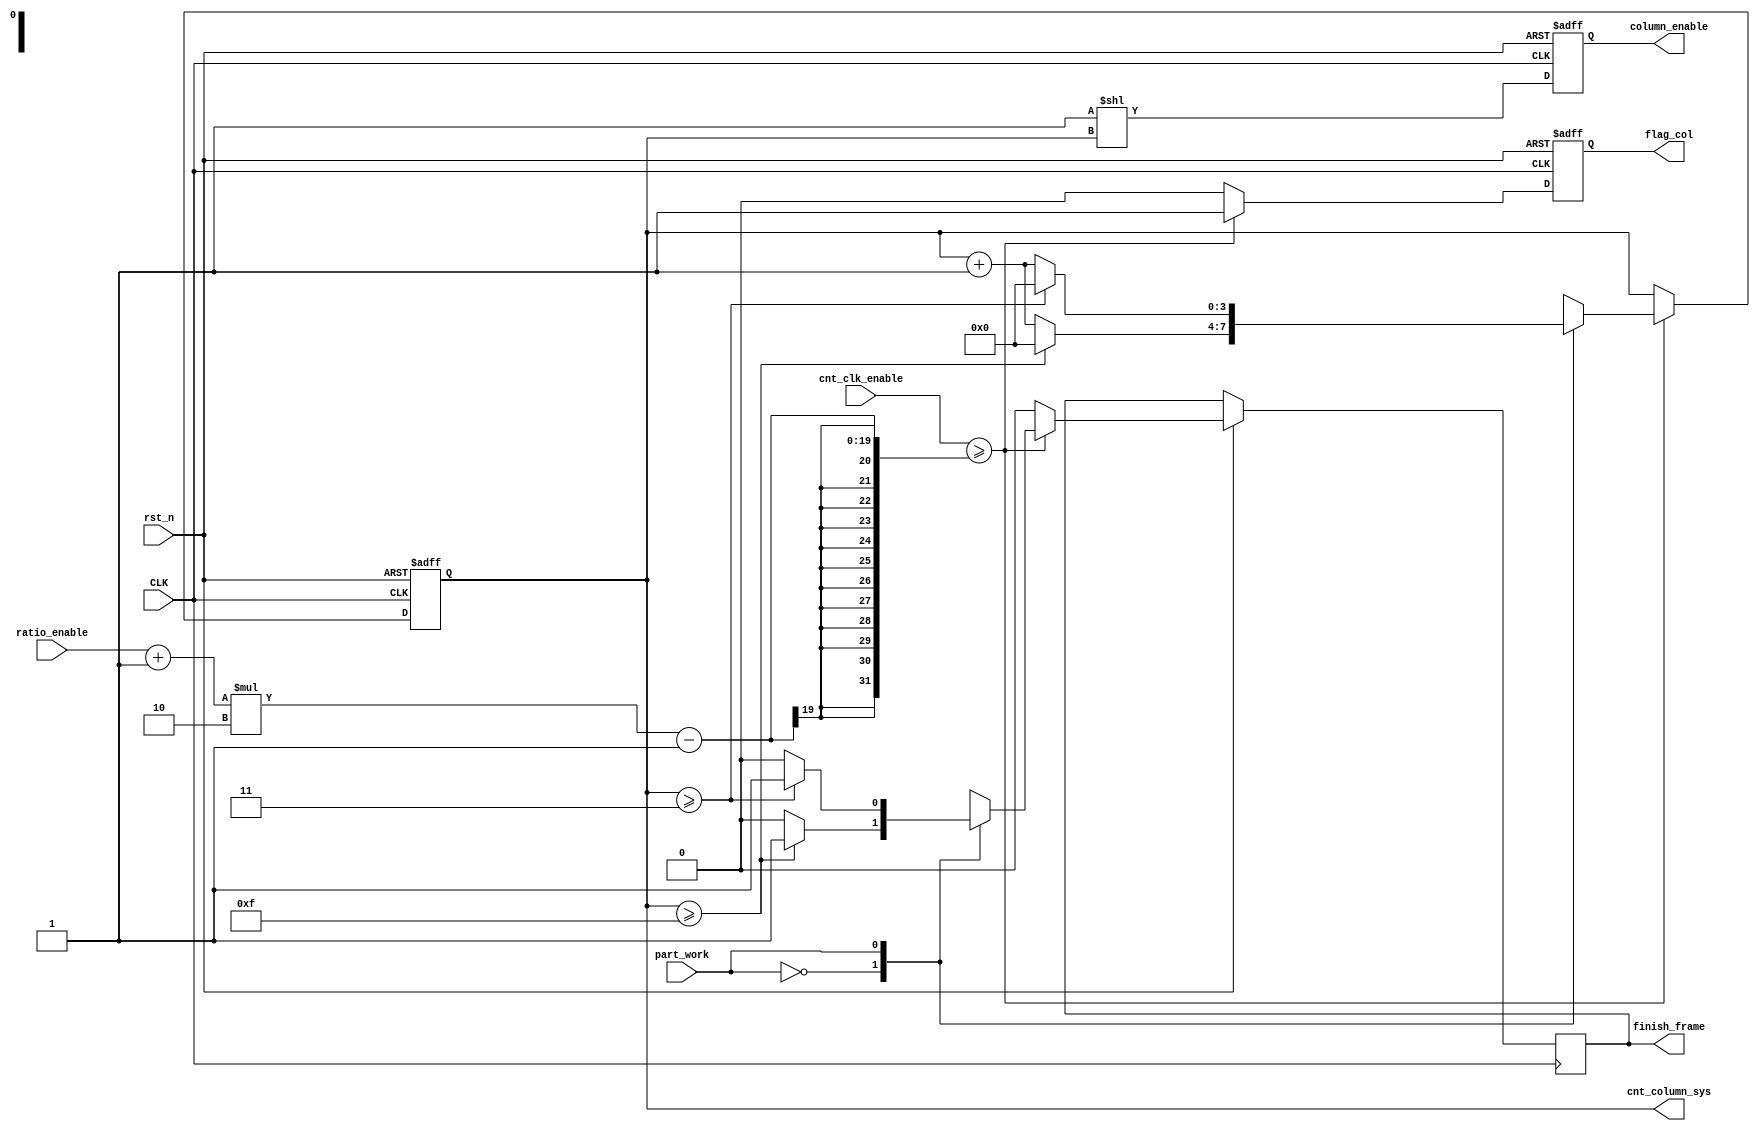
module sys_column_enable (
							CLK ,			 										
							rst_n,
							
							part_work,
							cnt_clk_enable,
							ratio_enable,
							

							column_enable,
							finish_frame,
							flag_col,
							cnt_column_sys

	
);

//`include "CONSTANT.vh"


parameter BITS_SIG_TDC = 16 ;
parameter BITS_UNSIG_TDC = 15;
parameter BITS_SPI =32;
parameter CNT_SPI = 5;
parameter NUM_COL = 16;
parameter CNT_COL =  4;//164 

parameter NUM_ROW = 1;

parameter BITS_DLY_SWITCH = 25;//1525
parameter CNT_DLY_CALIB = 5;//45

parameter NUM_BUFBYTES = 10;//probe

parameter BITS_COARSE = 10;
parameter BITS_COL = 5;

parameter cmd_dummy				=4'b0001;
parameter cmd_reg_set			=4'b0010;
parameter cmd_reg_get			=4'b0011;
parameter cmd_reset_dly			=4'b0100;
parameter cmd_reset_pixel		=4'b0101;
parameter cmd_reset_analog		=4'b0110;
parameter cmd_dly_calib			=4'b1000;
parameter cmd_pixel_calib		=4'b1001;
parameter cmd_main_work			=4'b1010;
parameter st_idle				=4'b0000;
parameter st_dummy				=4'b0001;
parameter st_reg_set			=4'b0010;
parameter st_reg_get			=4'b0011;
parameter st_reset_dly			=4'b0100;
parameter st_reset_pixel		=4'b0101;
parameter st_reset_analog		=4'b0110;
parameter st_dly_calib			=4'b1000;
parameter st_pixel_calib		=4'b1001;
parameter st_main_work			=4'b1010;
parameter st_err=4'b1111;



input 					CLK 				; 
input 					rst_n 				; 
input 				part_work 				;//pixel
input 			[17:0]   cnt_clk_enable		;		
input 			[15:0]	ratio_enable 	;	


output 	reg	[NUM_COL-1:0]	column_enable;
output 	reg					finish_frame;
output	reg					flag_col;
output	reg	[CNT_COL-1:0]	cnt_column_sys;
wire [17:0] test;
assign  test=((ratio_enable+1)*2-1);
always @(posedge CLK or negedge rst_n) begin          		
	if(~rst_n) begin
		cnt_column_sys<= 0;
		flag_col<=0;
		 column_enable<=0;

		 
	end 
	else begin
		
			column_enable <= {{(NUM_ROW-1){1'b0}},{1'b1}} << cnt_column_sys;
			if(cnt_clk_enable>=((ratio_enable+1)*2-1))
			begin
				flag_col<=1;
				case (part_work)
					1'b0://work
						begin
							if (cnt_column_sys>=NUM_COL-1) begin	
								cnt_column_sys<=0;	
								finish_frame<=1;	
							end
							else begin
								cnt_column_sys<=cnt_column_sys+1;
								finish_frame<=0;
							end
						end
					1'b1://one work
						begin
							if (cnt_column_sys>=3) begin
								cnt_column_sys<=0;
								finish_frame<=1;	
							end
							else begin
								cnt_column_sys<=cnt_column_sys+1;
								finish_frame<=0;
							end
						end
					

					default :
						begin
							if (cnt_column_sys>=NUM_COL-1) begin//cnt_column_sys==NUM_COL*2-1
								cnt_column_sys<=0;
								finish_frame<=1;	
							end
							else begin
								cnt_column_sys<=cnt_column_sys+1;
								finish_frame<=0;
							end
						end 
				endcase
				
		 	end
		 	else begin 
		 		cnt_column_sys<=cnt_column_sys;
		 		flag_col<=0;
		 		finish_frame<=0;
		 	end
		
	 	

	end



end

endmodule